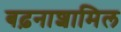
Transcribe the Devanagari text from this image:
बढ़नाशामिल